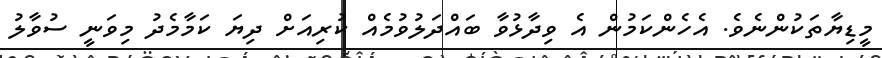
މީޑިޔާތަކުންނެވެ. އެހެންކަމުން އެ ވިދާޅުވާ ބައްދަލުވުމެއް ކުރިއަށް ދިޔަ ކަމާމެދު މިވަނީ ސުވާލު